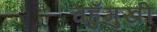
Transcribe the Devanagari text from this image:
चहुँमुखी